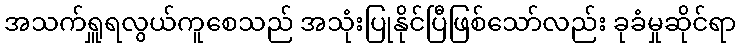
အသက်ရှူရလွယ်ကူစေသည် အသုံးပြုနိုင်ပြီဖြစ်သော်လည်း ခုခံမှုဆိုင်ရာ